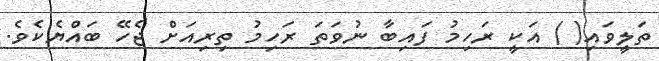
ތަލީވައި( ) އަކީ ރަހިމު ފައިބާ ނުވަތަ ރަހިމު ތިރިއަށް ޖެހޭ ބައްޔެކެވެ.